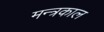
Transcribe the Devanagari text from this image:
मन्त्रकाल